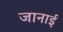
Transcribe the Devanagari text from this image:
जानाई